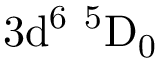
\mathrm { 3 d ^ { 6 } \ ^ { 5 } D _ { 0 } }